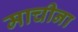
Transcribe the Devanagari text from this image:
माचीना